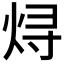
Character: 𬊈